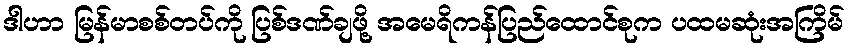
ဒါဟာ မြန်မာစစ်တပ်ကို ပြစ်ဒဏ်ချဖို့ အမေရိကန်ပြည်ထောင်စုက ပထမဆုံးအကြိမ်